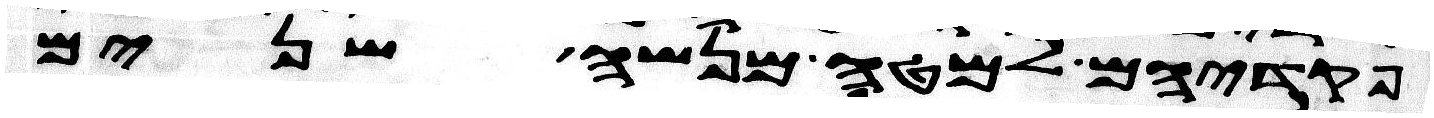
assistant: פקדיהם למטה מנשה שנים